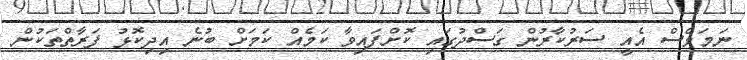
ނަމަވެސް އެއީ ސަރުކާރުން ގަސްދުގައި ކޮށްފައިވާ ކަމެއް ކަމަށް ބުނެ އިދިކޮޅު ފަރާތްތަކުން